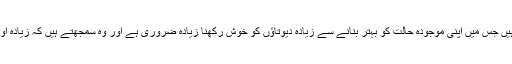
بڑھتی ہوئی غربت میں اضافے کی ایک اور وجہ ان لوگوں کے مذہبی عقائد بھی ہیں جس میں اپنی موجودہ حالت کو بہتر بنانے سے زیادہ دیوتاؤں کو خوش رکھنا زیادہ ضروری ہے اور وہ سمجھتے ہیں کہ زیادہ اولاد ان کے دیوتاؤں کی مہربانی ہے اور وہ ہی ان کے حالات کو بہتر بنائیں گے ۔